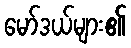
မော်ဒယ်များ၏